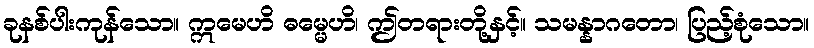
ခုနစ်ပါးကုန်သော။ ဣမေဟိ ဓမ္မေဟိ၊ ဤတရားတို့နှင့်။ သမန္နာဂတော၊ ပြည့်စုံသော။